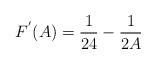
LaTeX: \begin{align*}F^{'}(A)=\frac{1}{24}-\frac{1}{2A}\end{align*}